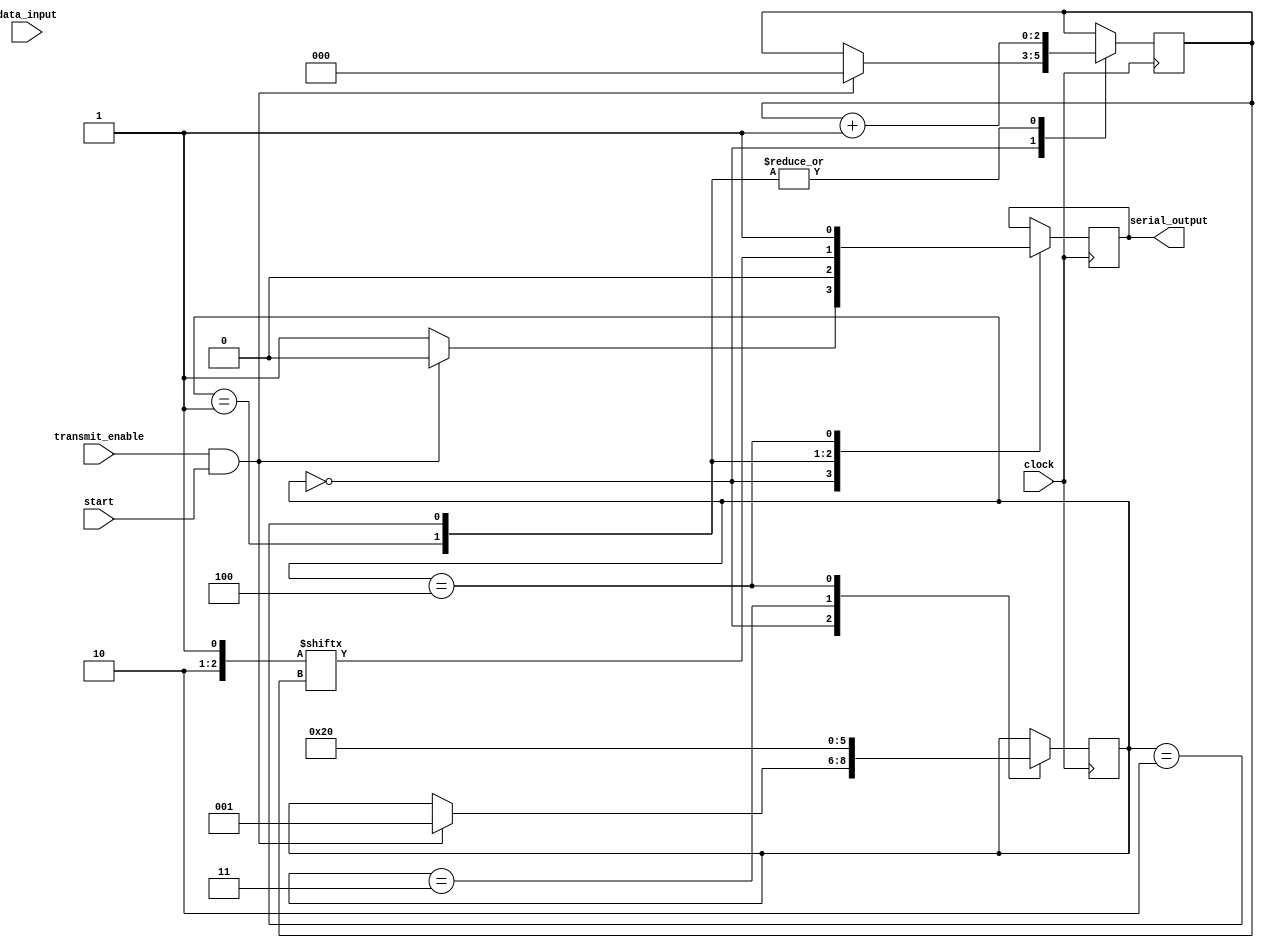
module uart_transmitter(
    input wire clock,
    input wire data_input,
    input wire start,
    input wire transmit_enable,
    output reg serial_output
  
);

parameter IDLE = 0;
parameter START_BIT = 1;
parameter DATA_BIT = 2;
parameter PARITY_BIT = 3;
parameter STOP_BIT = 4;

reg [7:0] data_reg;
reg [2:0] state_reg;
reg [2:0] bit_count_reg;

always @(posedge clock) begin
    case(state_reg)
        IDLE: begin
            if(transmit_enable && start) begin
                serial_output <= 0;
                state_reg <= START_BIT;
                bit_count_reg <= 0;
            end else begin
                serial_output <= 1;
            end
        end
        
        START_BIT: begin
            serial_output <= 0; // Transmit Start bit
            if(bit_count_reg == 8) begin
                state_reg <= DATA_BIT;
            end
            bit_count_reg <= bit_count_reg + 1;
        end
        
        DATA_BIT: begin
            serial_output <= data_reg[bit_count_reg];
            if(bit_count_reg == 8) begin
                state_reg <= PARITY_BIT;
            end
            bit_count_reg <= bit_count_reg + 1;
        end
        
        PARITY_BIT: begin
            // Logic for Parity bit transmission
            state_reg <= STOP_BIT;
        end
        
        STOP_BIT: begin
            serial_output <= 1; // Transmit Stop bit
            state_reg <= IDLE;
        end
    endcase
end

endmodule